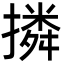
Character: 撛